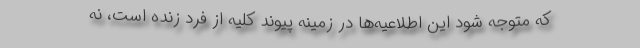
که متوجه شود این اطلاعیه‌ها در زمینه پیوند کلیه از فرد زنده است، نه